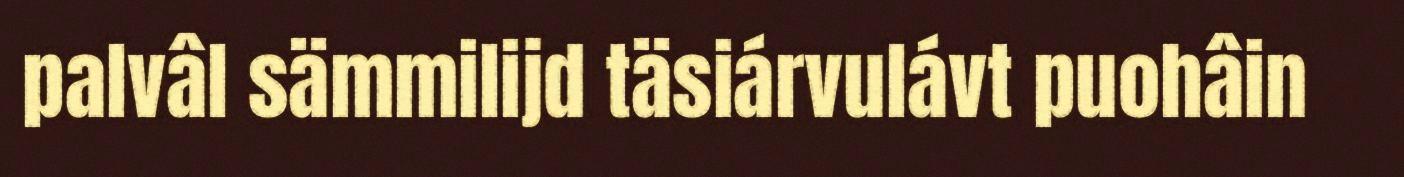
palvâl sämmilijd täsiárvulávt puohâin